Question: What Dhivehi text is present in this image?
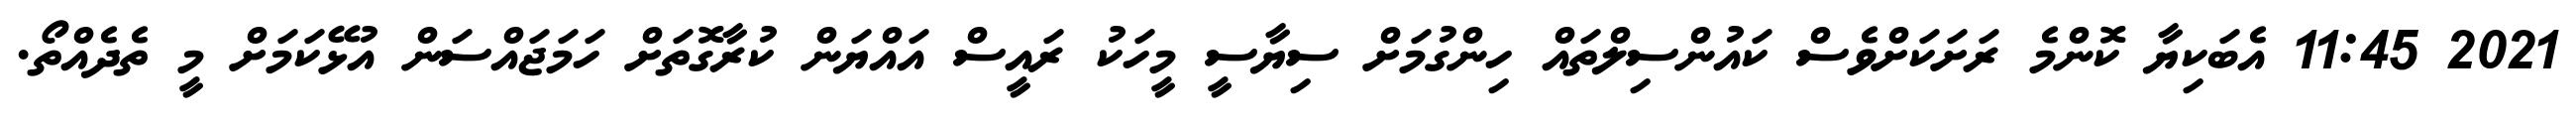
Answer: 2021 11:45 އެބަކިޔާ ކޮންމެ ރަށަކަށްވެސް ކައުންސިލްތައް ހިންގުމަށް ސިޔާސީ މީހަކު ރައީސް އައްޔަން ކުރާގޮތަށް ހަމަޖައްސަން އުޅޭކަމަށް މީ ތެދެއްތޯ.